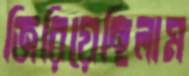
জিরিয়েছিলাম